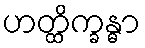
ဟတ္ထိက္ခန္ဓာ